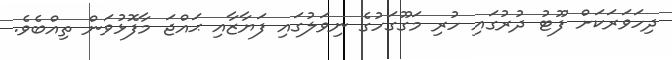
ދިހަވަރަކަށް ފޫޓު ދުރުގައި ހުރި މަގޫގަހުގެ ނިވަލުގައި ފަޔާޒާއި ޙައްޖަ މާފޮޅުވަން ތިއްބެވެ.